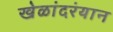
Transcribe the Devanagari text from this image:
खेळांदरंयान